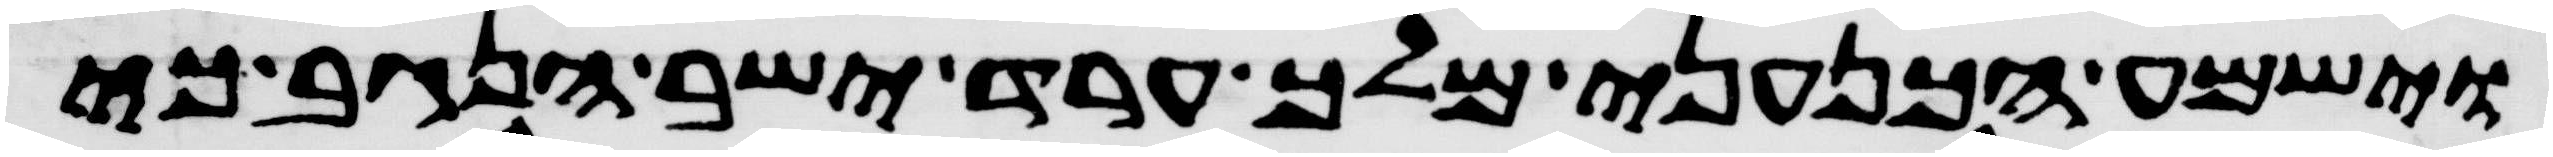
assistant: וישמע הכנעני מלך ערד ישב הנגב כי